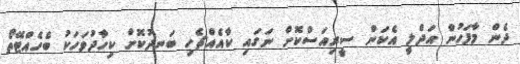
ދެން މާފަހުން އަދްލީ އެކަން ސީރިއަސްކޮށް ނަގައި ކާއެއްޗެހި ބަނދުކޮށް ކިހާދުވަހަކު ބެހެއްޓޭތޯ